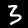
Digit: 3